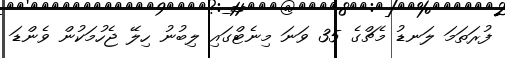
ފުރަތަމަ ލަނޑު މެޗްގެ 35 ވަނަ މިނެޓްގައި ލިބުނު ހިލޭ ޖެހުމަކުން ވެންޑަ